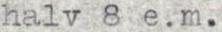
halv 8 e.m.